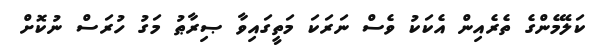
ކަލޭމެންގެ ތެރެއިން އެކަކު ވެސް ނަރަކަ މަތީގައިވާ ޞިރާޠު މަގު ހުރަސް ނުކޮށް